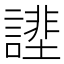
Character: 𧫔